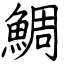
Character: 鯛